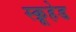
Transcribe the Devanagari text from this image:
स्क्रूहेड